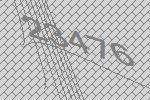
23476